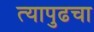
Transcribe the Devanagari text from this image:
त्यापुढचा